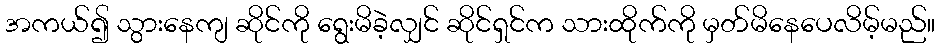
အကယ်၍ သွားနေကျ ဆိုင်ကို ရွေးမိခဲ့လျှင် ဆိုင်ရှင်က သားထိုက်ကို မှတ်မိနေပေလိမ့်မည်။